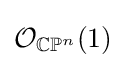
{\mathcal {O}}_{\mathbb {CP} ^{n}}(1)